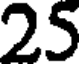
25